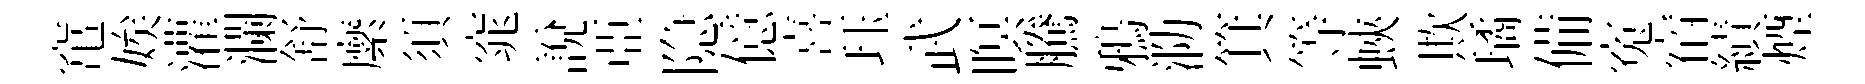
𥧄娭灌瀾舒縻須窕説亞隐億喜珏武暝騰鴉泐箕等蛺欺璚備寃宿績煙